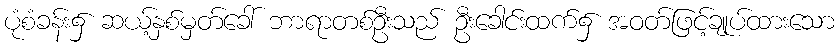
ပုံစံခန်း၌ ဆယ့်နှစ်မှတ်ခေါ် ဘာရာတစ်ဦးသည် ဦးခေါင်းထက်၌ အဝတ်ဖြင့်ချုပ်ထားသော